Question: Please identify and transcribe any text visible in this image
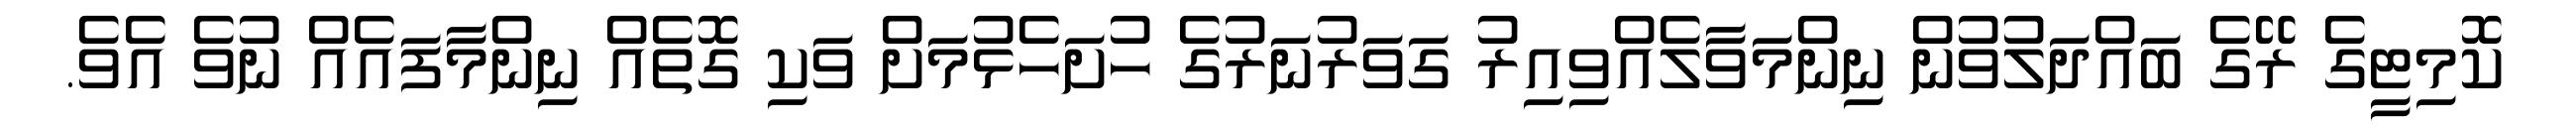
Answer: ކޮމިޓީގެ ރޭގެ ބައްދަލުވުން ނިންމަވާލެއްވިއިރު ގަވަރުނަރުގެ ހުށަހެޅުމަށް ވަކި ގޮތެއް ނިންމާފައެއް ނުވެ އެވެ.